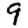
Digit: 9